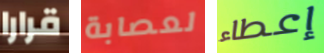
قرارا لعصابة إعطاء